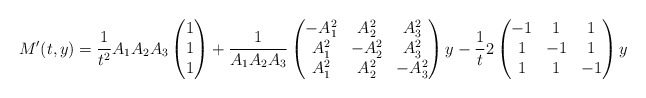
\begin{align*}M'(t, y)= \dfrac{1}{t^2} A_1 A_2 A_3\begin{pmatrix}1\\1\\1\end{pmatrix}+ \dfrac{1}{A_1 A_2 A_3}\begin{pmatrix}-A_1^2 & A_2^2 & A_3^2 \\A_1^2 & -A_2^2 & A_3^2 \\A_1^2 & A_2^2 & -A_3^2\end{pmatrix}y-\dfrac{1}{t} 2\begin{pmatrix}-1 & 1 & 1\\1 & -1 & 1\\1 & 1 & -1\end{pmatrix}y\end{align*}